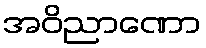
အဝိညာဏော